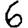
Digit: 6